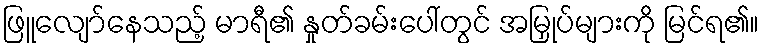
ဖြူလျော်နေသည့် မာရီ၏ နှုတ်ခမ်းပေါ်တွင် အမြှုပ်များကို မြင်ရ၏။